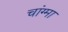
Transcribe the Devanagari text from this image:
चांग्मा